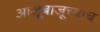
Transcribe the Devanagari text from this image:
आजूबाजूच्याच